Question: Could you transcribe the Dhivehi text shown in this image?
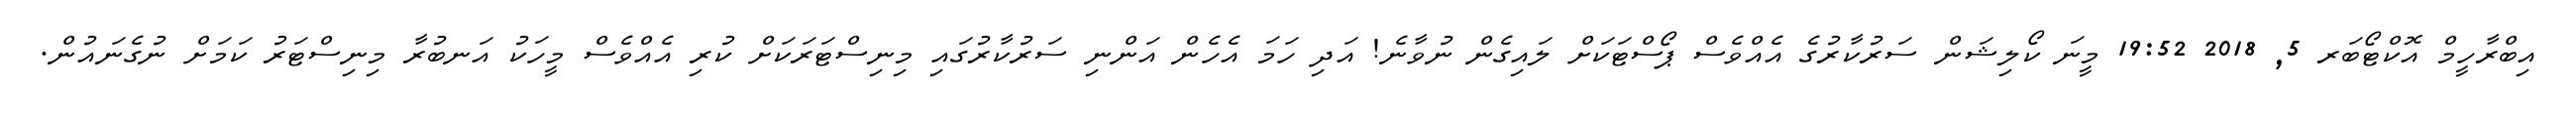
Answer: އިބްރާހީމް އޮކްޓޯބަރ 5, 2018 19:52 މީނަ ކޯލިޝަން ސަރުކާރުގެ އެއްވެސް ޕޯސްޓަކަށް ލައިގެން ނުވާނެ! އަދި ހަމަ އެހެން އަންނި ސަރުކާރުގައި މިނިސްޓަރަކަށް ކުރި އެއްވެސް މީހަކު އަނބުރާ މިނިސްޓަރު ކަމަށް ނުގެނައުން.